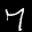
Label: 7